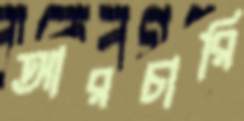
আরচারি